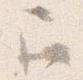
召